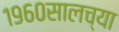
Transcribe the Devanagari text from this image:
१९६०सालच्या